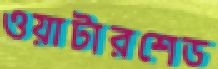
ওয়াটারশেড